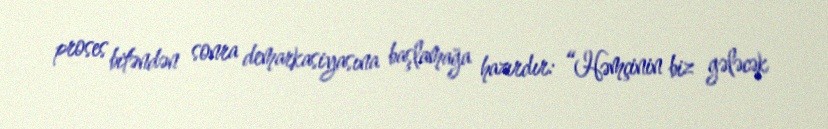
proses bitəndən sonra demarkasiyasına başlamağa hazırdır: “Həmçinin biz gələcək